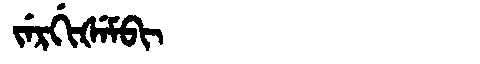
Manchu: ᠵᡝᡵᡤᡳᡧᡝᠮᠪᡳ
Romanization: JERGIŠEMBI